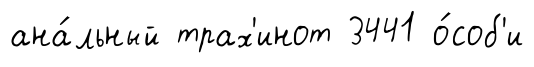
ана́льный трах'инот 3441 о́соб'и